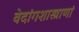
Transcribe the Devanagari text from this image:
वेदांगशास्त्राणां